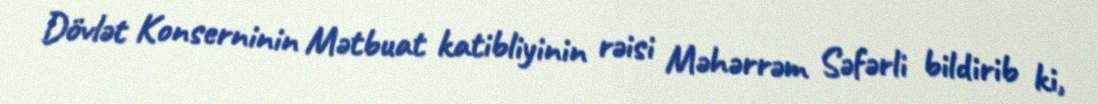
Dövlət Konserninin Mətbuat katibliyinin rəisi Məhərrəm Səfərli bildirib ki,